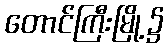
တောင်ကြီးမြို့၌